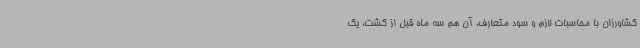
کشاورزان با محاسبات لازم و سود متعارف، آن هم سه ماه قبل از کشت، یک